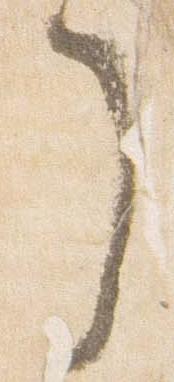
了